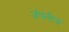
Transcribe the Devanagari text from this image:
जॅपनीझ